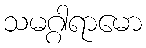
သမဂ္ဂါရာမော